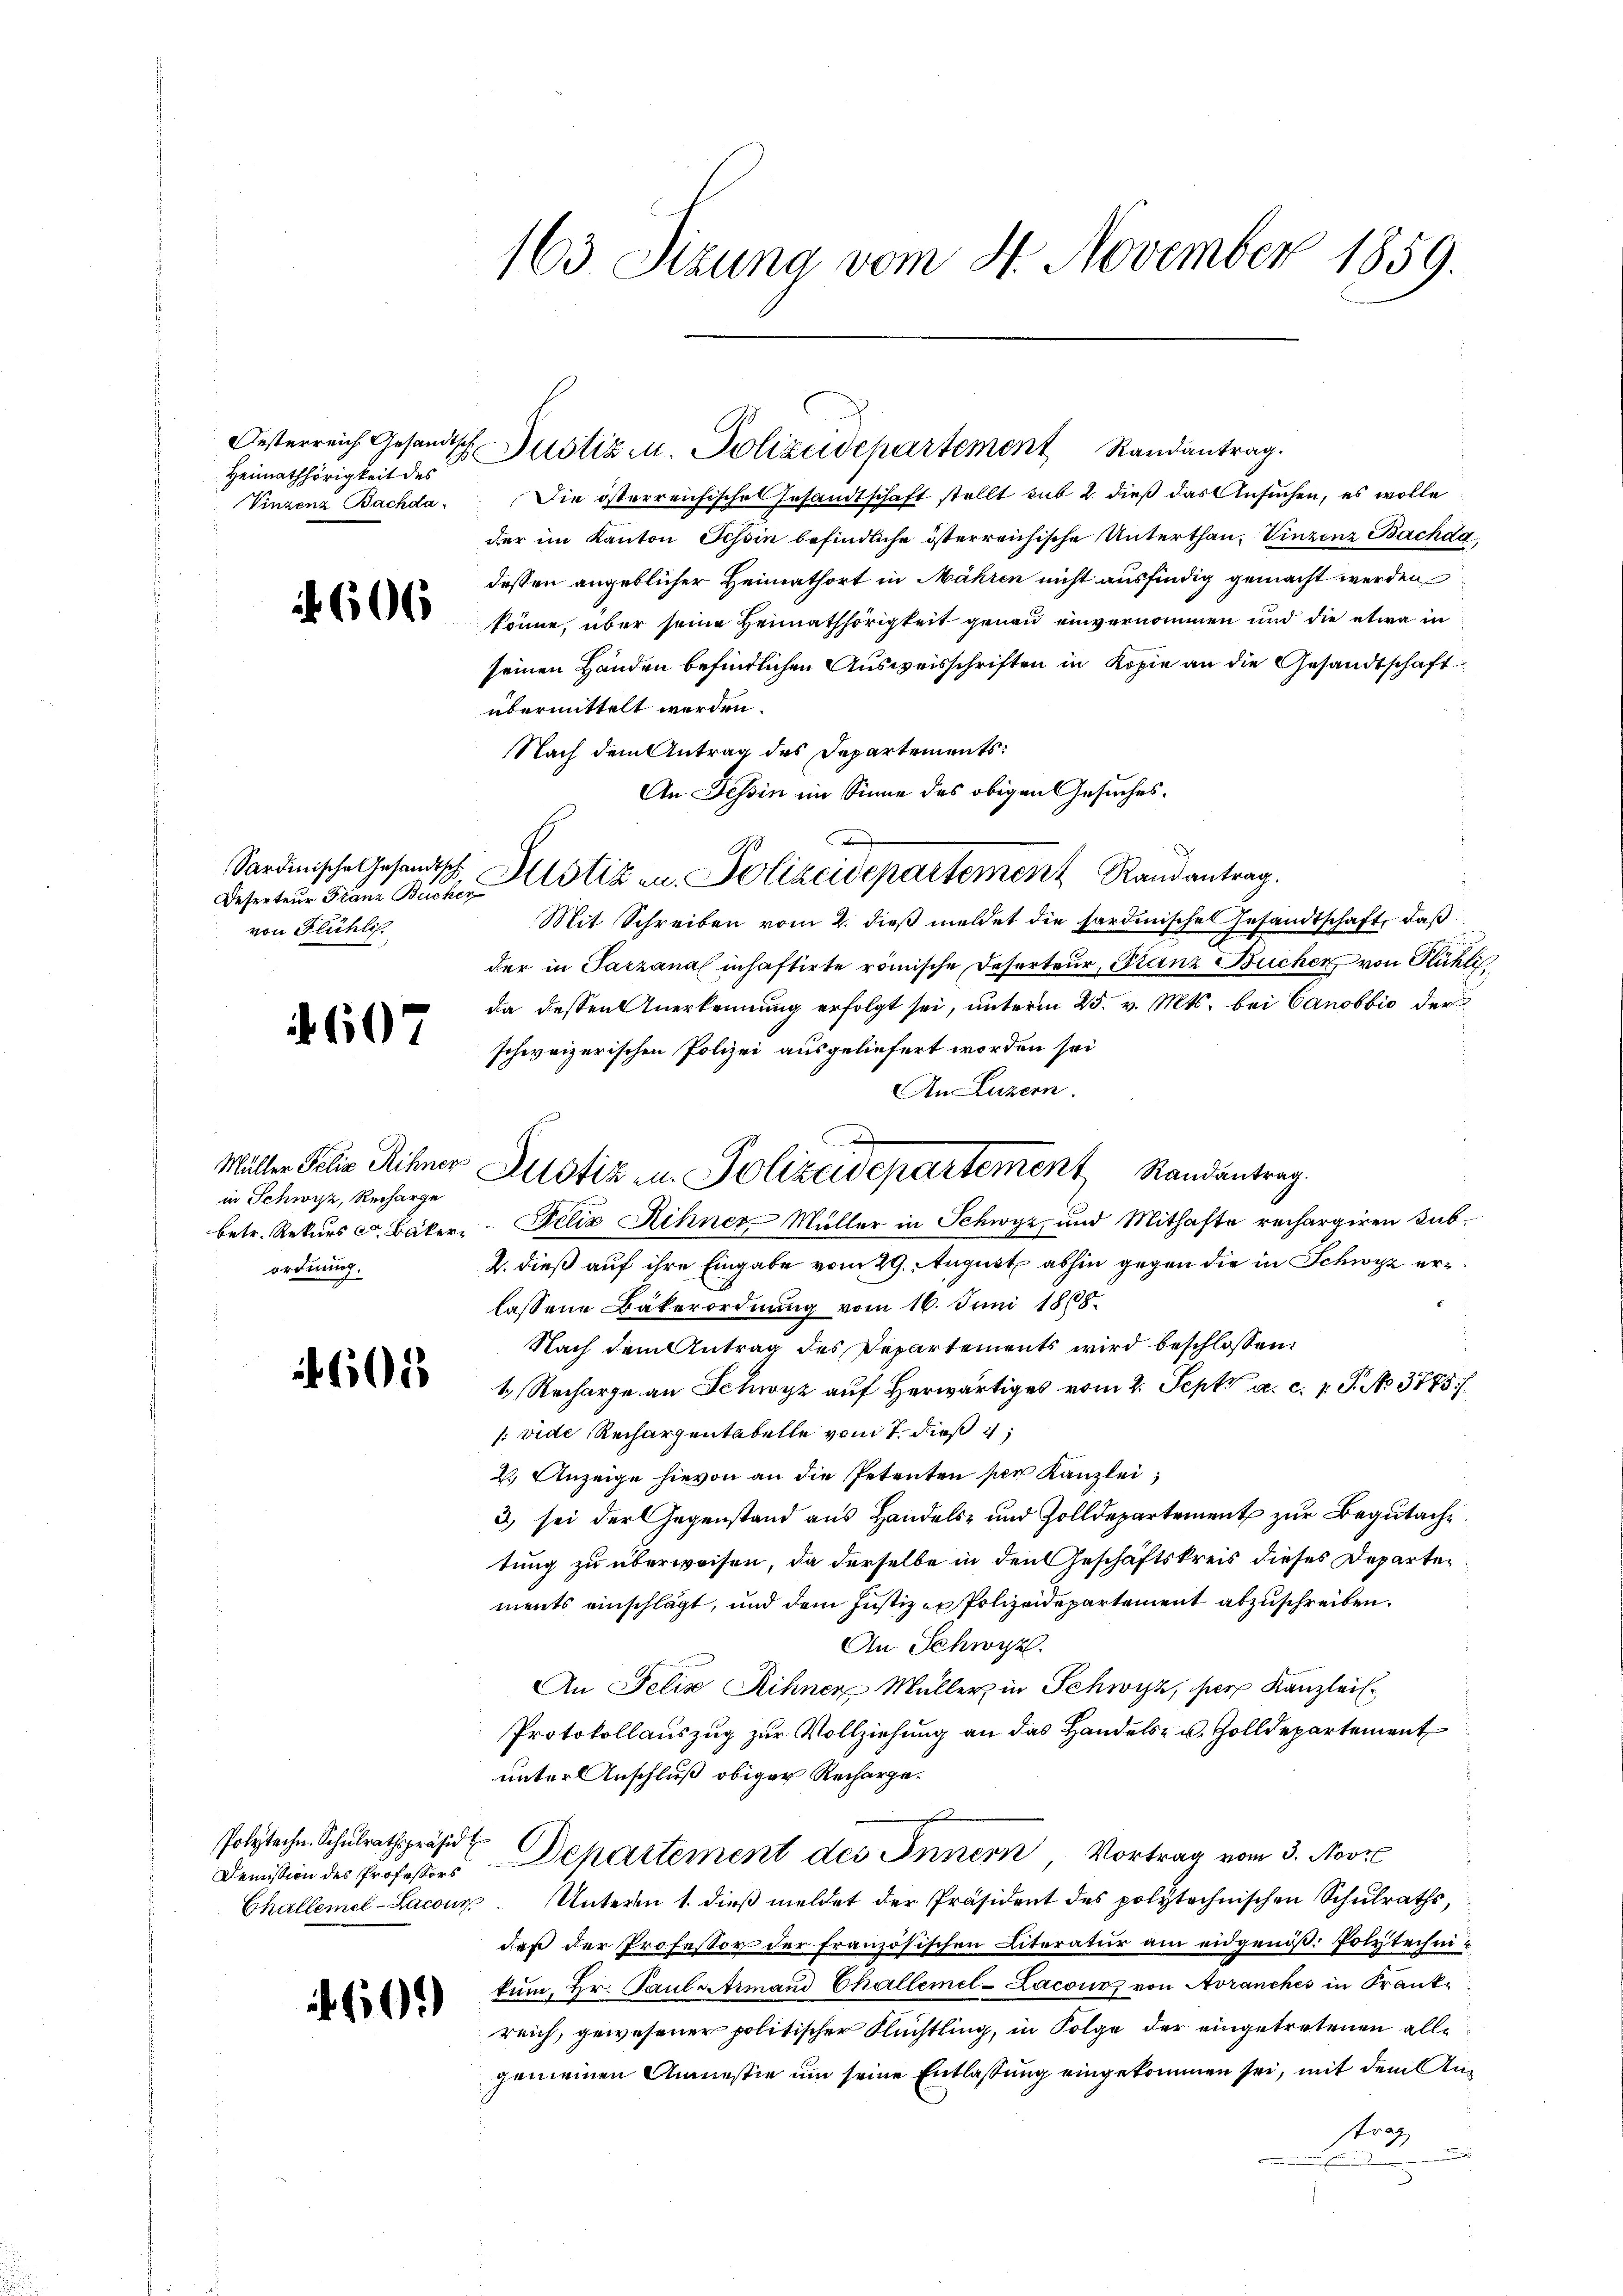
Oesterreich Gesandtsch
Heimathörigkeit des
Vinzenz Bachda

606

Sardinische Gesandtsch
Deserteur Franz Bucher
von Flüchlis.

607

Müller Felix Rihnen
in Schwyz, Recharge
betr. Rekurs c Bäkerordnung.

605

Polytechn. Schulrathspräsid En
Demission des Professors

60.

163. Sizung vom 4. November 1859.

Die österreichischen Gesandtschaft stellt sub 2. dieß das Ansuchen, es wolle
der im Kanton Tessin befindliche österreichische Unterthan, Vinzenz Bachda,
dessen angeblicher Heimathort in Mähren nicht ausfindig gemacht werden
könne, über seine Heimathörigkeit genau einvernommen und die etwa in
seinen Händen befindlichen Ausweisschriften in Kopie an die Gesandtschaft
übermittelt werden.
Nach dem Antrag des Departements:
An Tessin im Sinne des obigen Gesuches.

A
Mit Schreiben vom 2. dieß meldet die Sardinischen Gesandtschaft, daß
der in Parzanal inhaftirte römische Deserteur, Franz Bucher von Rühlida dessen Anerkennung erfolgt sei, unterm 25. v. Mts. bei Canobbio der
schweizerischen Polizei ausgeliefert worden sei
An Luzern.
Felix Rchner. Müller in Schwyz, und Mithafte rechargiren Kab¬
2. dieß auf ihre Eingabe vom 29. August abhin gegen die in Schwyz erlassene Bäkerordnung vom 16. Juni 1868.
Nach dem Antrag des Departements wird beschlossen:
1. Recharge an Schwyz auf Herwärtiges vom 2. Sept. a. c. 1 S. No. 3775/
[vide Rechargentabelle vom 7. dieß
2. Anzeige hievon an die Petenten per Kanzlei,
3) sei der Gegenstand aus Handels- und Zolldepartement zur Begutache
tung zu überweisen, da derselbe in den Geschäftskreis dieses Departen
ments einschlägt, und dem Justizen Polizeidepartement abzuschreiben.
An Schwyz.
An Felix Rihnen Müller in Schwyz, per Kanzleis
Protokollauszug zur Vollziehung an das Handels- u. Zolldepartement
unter Anschluß obiger Rechargex
C
Departement des Innern, Vortrag vom 3. Nove
Challemel-Lacouz, Unterm 1. dieß meldet der Präsident des polytechnischen Schulraths,
daß der Professor der französischen Literatur am eidgenöß: Polytechnikum, Hr. Paulasteinand Challemel-Lacounz von Avranches in Krankreich, gewesener politischer Flüchtling, in Folge der eingetretenen alle
gemeinen Anmestie um seine Entlassung eingekommen sei, mit dem Anstraf
.
2

Justiz u. Polizeidepartement Randantrag.

Justiz u. Polizeidepartement Randantrag.

Istiz in Polizeidepartement Randantrag.